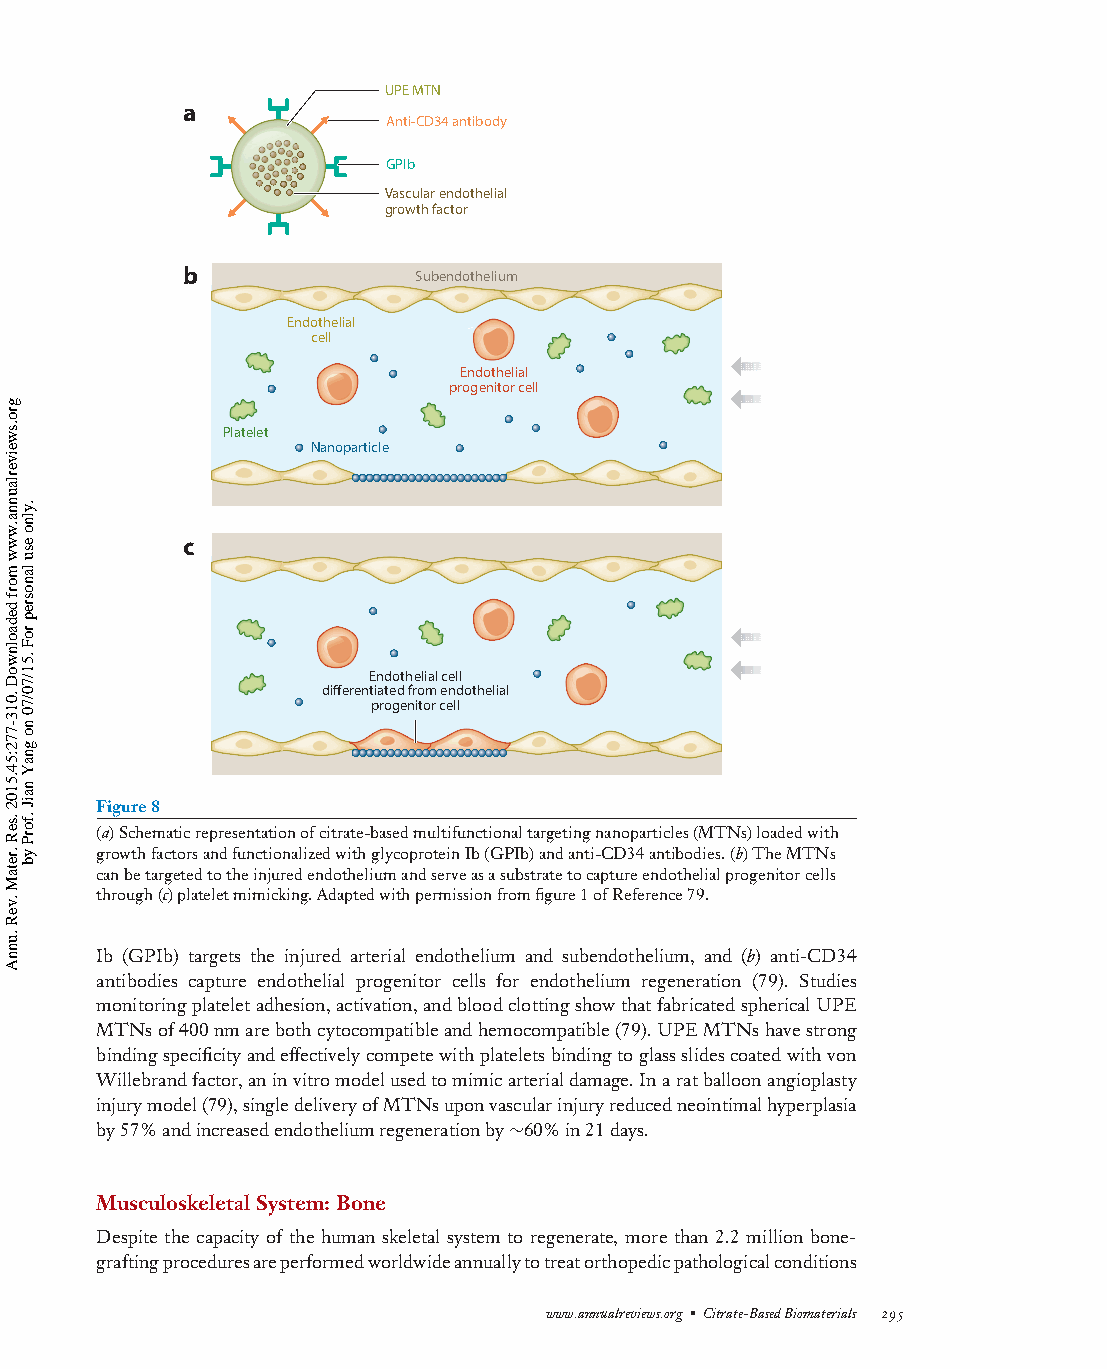
MR45CH12-Ameer ARI 5June2015 10:45
 UPE MTN
 a
 Anti-CD34 antibody
 GPIb
 Vascular endothelial
 growth factor
 b              Subendothelium
 Endothelial
 cell
 Endothelial
 progenitor cell
 Platelet
 Nanoparticle
 c
 Endothelial cell
 differentiated from endothelial
 progenitor cell
 Figure8
 (a)Schematicrepresentationofcitrate-basedmultifunctionaltargetingnanoparticles(MTNs)loadedwith
 growthfactorsandfunctionalizedwithglycoproteinIb(GPIb)andanti-CD34antibodies.(b)TheMTNs
 canbetargetedtotheinjuredendotheliumandserveasasubstratetocaptureendothelialprogenitorcells
 through(c)plateletmimicking.Adaptedwithpermissionfromfigure1ofReference79.
 Ib (GPIb) targets the injured arterial endothelium and subendothelium, and (b) anti-CD34
 antibodies capture endothelial progenitor cells for endothelium regeneration (79). Studies
 monitoringplateletadhesion,activation,andbloodclottingshowthatfabricatedsphericalUPE
 MTNsof400nmarebothcytocompatibleandhemocompatible(79).UPEMTNshavestrong
 bindingspecificityandeffectivelycompetewithplateletsbindingtoglassslidescoatedwithvon
 Willebrandfactor,aninvitromodelusedtomimicarterialdamage.Inaratballoonangioplasty
 injurymodel(79),singledeliveryofMTNsuponvascularinjuryreducedneointimalhyperplasia
 by57%andincreasedendotheliumregenerationby∼60%in21days.
 MusculoskeletalSystem:Bone
 Despite the capacity of the human skeletal system to regenerate, more than 2.2 million bone-
 graftingproceduresareperformedworldwideannuallytotreatorthopedicpathologicalconditions
 www.annualreviews.org • Citrate-BasedBiomaterials 295
 gro.sweiverlaunna.www
 morf
 dedaolnwoD
 .013-772:54.5102
 .seR
 .retaM
 .veR
 .unnA
 .ylno
 esu
 lanosrep
 roF
 .51/70/70
 no
 gnaY
 naiJ
 .forP
 yb